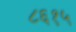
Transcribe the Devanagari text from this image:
८६१५